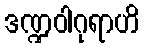
ဒဏ္ဍဝါဂုရာဟိ